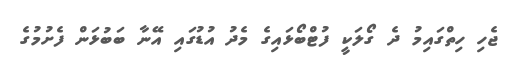
ޖެހި ހިތްގައިމު ދެ ގޯލަކީ ފުޓްބޯޅައިގެ މެދު އުޑުގައި އޭނާ ބަބުޅަން ފެށުމުގެ